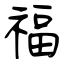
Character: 福